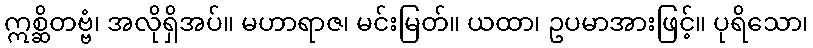
ဣစ္ဆိတဗ္ဗံ၊ အလိုရှိအပ်။ မဟာရာဇ၊ မင်းမြတ်။ ယထာ၊ ဥပမာအားဖြင့်။ ပုရိသော၊